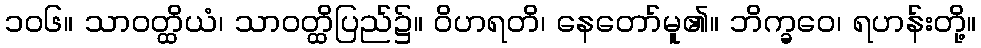
၁၀၆။ သာဝတ္ထိယံ၊ သာဝတ္ထိပြည်၌။ ဝိဟရတိ၊ နေတော်မူ၏။ ဘိက္ခဝေ၊ ရဟန်းတို့။